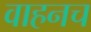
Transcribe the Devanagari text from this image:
वाहनच